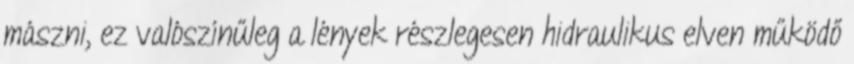
mászni, ez valószínűleg a lények részlegesen hidraulikus elven működő